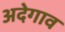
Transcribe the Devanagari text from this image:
अदेगाव